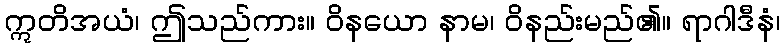
ဣတိအယံ၊ ဤသည်ကား။ ဝိနယော နာမ၊ ဝိနည်းမည်၏။ ရာဂါဒီနံ၊